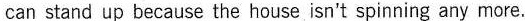
can stand up because the house isn't spinning any more.